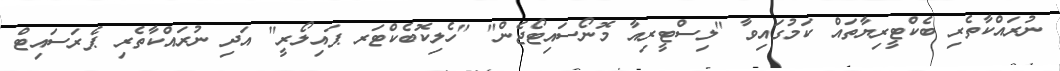
ނުރައްކާތެރި ބެކްޓީރިޔާތައް ކަމުގައިވާ "ލިސްޓީރިއާ މޮނޯސައިޓޯޖެން" "ހެލިކޮބެކްޓަރ ޕައިލޯރީ" އަދި ނުރައްކާތެރި ޕެރަސައިޓް